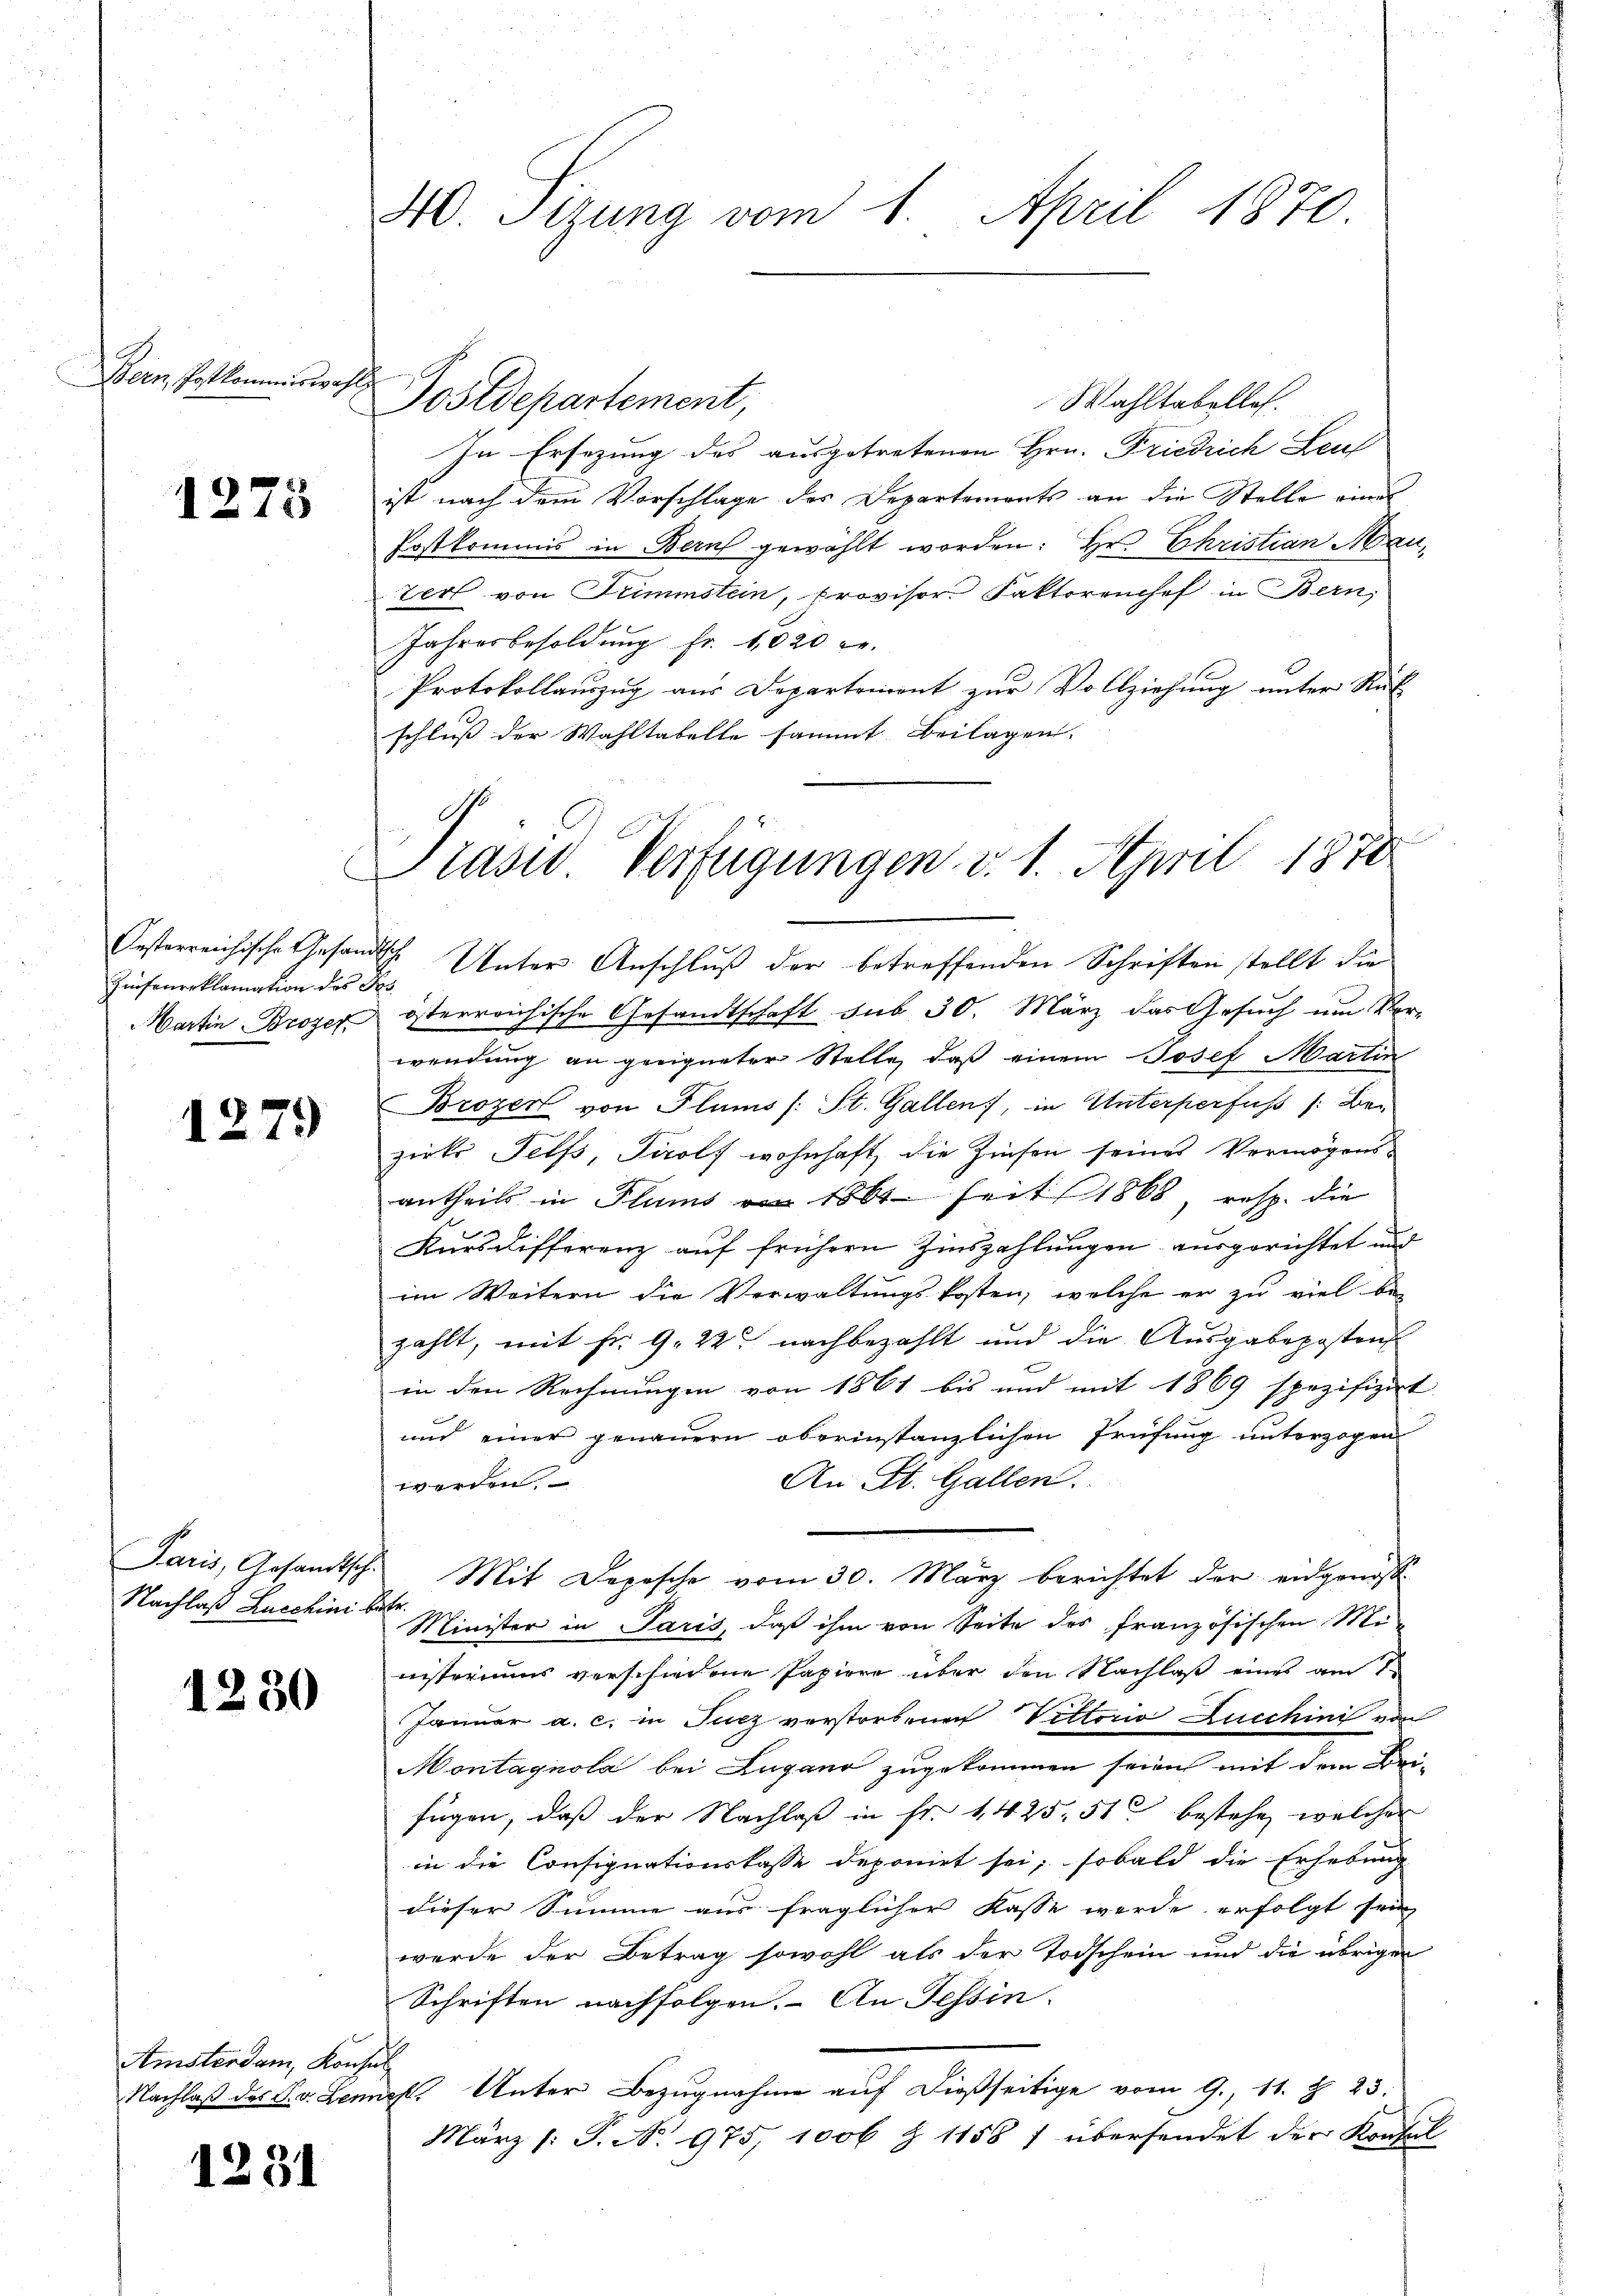
Bern, Hofkommiswahl

1275

Zinsenreklamation des Fes
Martin Broger

1279

Nachlaß Lucchini betr.

1230

Wahltabelles.
In Ersezung des ausgetretenen Hrn. Friedrich Leut
ist nach dem Vorschlage des Departements an die Stelle eines
Postkommis in Bern gewählt worden: Hr. Christian Mauter von Trimmstein, Provisor. Faktorenhof in Bern,
Jahresbesoldŭng fr. 1020 l.
Protokollauszug aus Departement zur Vollziehung unter Rück
schluß der Wahltabelle sammt Beilagen.

Amsterdam, Konsul

1231

40. Sizung vom 1. April 1870.

Postdepartement,

.
Praser Verfügungen v. 1. April 1878

Oesterreichische Gesandtsch. Unter Anschluß der betreffenden Schriften stellt die
österreichische Gesandtschaft sub 30. März das Gesuch um Vor-
wendung an geeigneter Stelle, daß einem Josef Martin
Brozen von Flums (: St. Gallen, in Unterperfuss /: Be-
zirks Telfs, Tirols wohnhaft, die Zinsen seines Vermögensantheils in Plums am 1864 seit 1868, resp. die
Kursdifferenz auf frühern Zinszahlungen ausgerichtet und
im Weitern die Verwaltungskosten, welche er zu viel be-
zählt, mit Fr. 9. 22 nachbezahlt und die Ausgabeposten
in den Rechnungen von 1861 bis und mit 1869 spezifizirt
und einer genauern oberinstanzlichen Prüfung unterzogen
An St. Gallen.
werden.
Paris, Gesandtsch. Mit Depesche vom 30. März berichtet der eidgenöss
Minister in Paris, daß ihm von Seite des französischen Mi
nisteriums verschiedene Papiere über den Nachlaß eines am 1
Januar a. c. in Fucz verstorbenen Vettorio Lucchini von
Montagnola bei Lugano zugekommen seien mit dem Bei-
fügen, daß der Nachlaß in Fr. 1425. 51 bestehe, welcher
in die Consignationskasse deponirt sei; sobald die Erhebung
dieser Summe aus fraglicher Kasse werde erfolgt sein
werde der Betrag sowohl als der Todschein und die übrigen
Schriften nachfolgen. An Tessin.
Nachlaß des S. v. Lench. Unter Bezugnahme auf dießseitige vom 9. 11. Z. 23.
März /: P. N. 975, 1006 Z 1158 f übersendet der Konsul